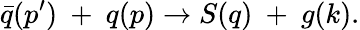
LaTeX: \bar{q}(p^{\prime})~+~q(p)\rightarrow S(q)~+~g(k).